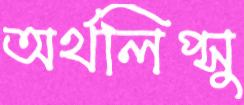
অর্থলিপ্সু